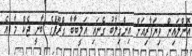
އޮންލައިން ވިޔަފާރިއަށް އިންގިލާބު ގެނައި އަލީބާބާ ގްރޫޕްގެ ބާނީ ޖެކް މާ އެ